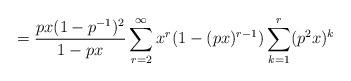
LaTeX: \begin{align*}= \frac{px(1-p^{-1})^2}{1-px} \sum_{r=2}^{\infty}x^r(1 -(px)^{r-1}) \sum_{k=1}^{r} (p^2x)^k\end{align*}